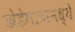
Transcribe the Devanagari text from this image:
खेडेगावामध्ये